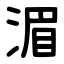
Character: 湄